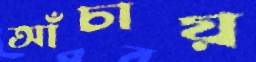
আঁচায়